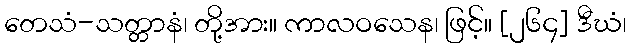
တေသံ-သတ္တာနံ၊ တို့အား။ ကာလဝသေန၊ ဖြင့်။ [၂၆၄] ဒီဃံ၊